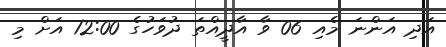
އަދި އަންނަ މެއި 06 ވާ އާދީއްތަ ދުވަހުގެ 12:00 އަށް މި